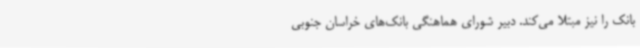
بانک را نیز مبتلا می‌کند. دبیر شورای هماهنگی بانک‌های خراسان جنوبی